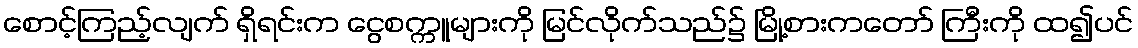
စောင့်ကြည့်လျက် ရှိရင်းက ငွေစက္ကူများကို မြင်လိုက်သည်၌ မြို့စားကတော် ကြီးကို ထ၍ပင်